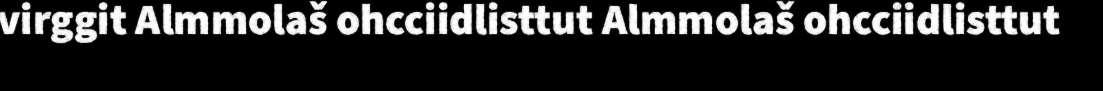
virggit Almmolaš ohcciidlisttut Almmolaš ohcciidlisttut